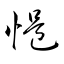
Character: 悒